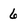
Character: 6